Lunatic asylums Central Provinces reports 1910-1926 - 1910-1926
Year: 1910
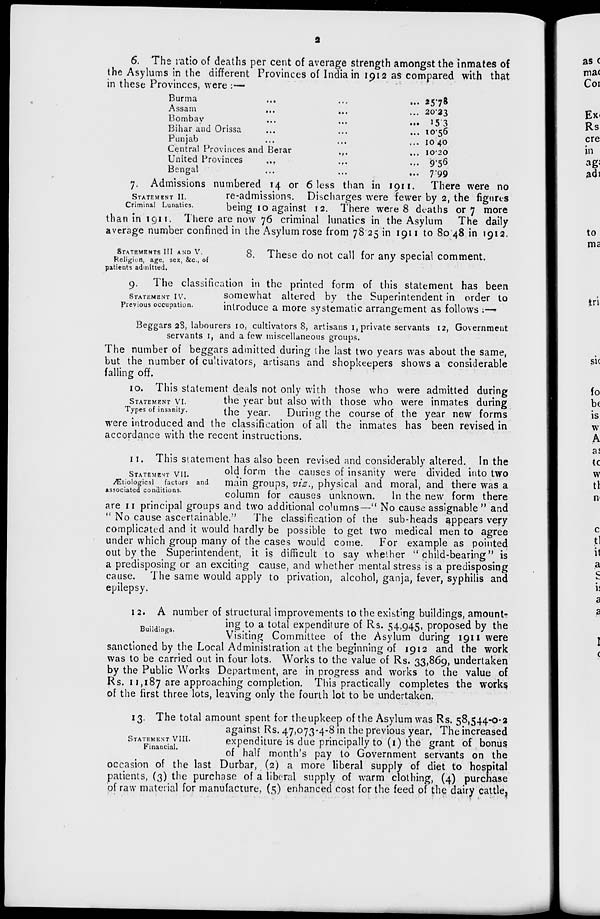
2
6. The ratio of deaths per cent of average strength amongst the inmates of
the Asylums in the different Provinces of India in 1912 as compared with that
in these Provinces, were :—
Burma
...
...
...
Assam ... ... ...
Bombay
...
...
...
Bihar and Orissa ... ... ...
Punjab ... ... ...
Central Provinces and Berar
... ... ...
United Provinces
...
...
...
Bengal ... ... ...
25.78
20.23
15.3
10.56
10.40
10.20
9.56
7.99
STATEMENT
II.
Criminal Lunatics.
7. Admissions numbered 14 or 6 less than in 1911. There were no
re-admissions. Discharges were fewer by 2, the figures
being 10 against 12. There were 8 deaths or 7 more
than in 1911. There are now 76 criminal lunatics in the Asylum The daily
average number confined in the Asylum rose from 78.25 in 1911 to 80.48 in 1912.
STATEMENTS III AND V.
Religion, age, sex, &c, of
patients admitted.
8. These do not call for any special comment.
STATEMENT
IV.
Previous occupation.
9. The classification in the printed form of this statement has been
somewhat altered by the Superintendent in order to
introduce a more systematic arrangement as follows :—
Beggars 28, labourers 10, cultivators 8, artisans 1, private servants 12, Government
servants 1, and a few miscellaneous groups.
The number of beggars admitted during the last two years was about the same,
but the number of cultivators, artisans and shopkeepers shows a considerable
falling off.
STATEMENT
VI.
Types of insanity.
10. This statement deals not only with those who were admitted during
the year but also with those who were inmates during
the year. During the course of the year new forms
were introduced and the classification of all the inmates has been revised in
accordance with the recent instructions.
STATEMENT
VII.
Ætiological
factors and
associated conditions.
11. This statement has also been revised and considerably altered. In the
old form the causes of insanity were divided into two
main groups, viz., physical and moral, and there was a
column for causes unknown.
In the new form there
are 11 principal groups and two additional columns—" No cause assignable " and
" No cause ascertainable." The classification of the sub-heads appears very
complicated and it would hardly be possible to get two medical men to agree
under which group many of the cases would come. For example as pointed
out by the Superintendent, it is difficult to say whether " child-bearing " is
a predisposing or an exciting cause, and whether mental stress is a predisposing
cause. The same would apply to privation, alcohol, ganja, fever, syphilis and
epilepsy.
Buildings.
12. A number of structural improvements to the existing buildings, amount-
ing to a total expenditure of Rs. 54,945, proposed by the
Visiting Committee of the Asylum during 1911 were
sanctioned by the Local Administration at the beginning of 1912 and the work
was to be carried out in four lots. Works to the value of Rs. 33,869, undertaken
by the Public Works Department, are in progress and works to the value of
Rs. 11,187 are approaching completion. This practically completes the works
of the first three lots, leaving only the fourth lot to be undertaken.
STATEMENT VIII.
Financial.
13. The total amount spent for the upkeep of the Asylum was Rs. 58,544-0-2
against Rs. 47,073-4-8 in the previous year. The increased
expenditure is due principally to (1) the grant of bonus
of half month's pay to Government servants on the
occasion of the last Durbar, (2) a more liberal supply of diet to hospital
patients, (3) the purchase of a liberal supply of warm clothing, (4) purchase
of raw material for manufacture, (5) enhanced cost for the feed of the dairy cattle,